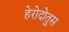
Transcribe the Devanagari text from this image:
हेरोदोतुस